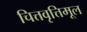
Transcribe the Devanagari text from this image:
चित्तवृत्तिमूल